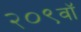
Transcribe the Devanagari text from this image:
२०९वॉ